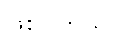
ဖြစ်ပါတယ်။